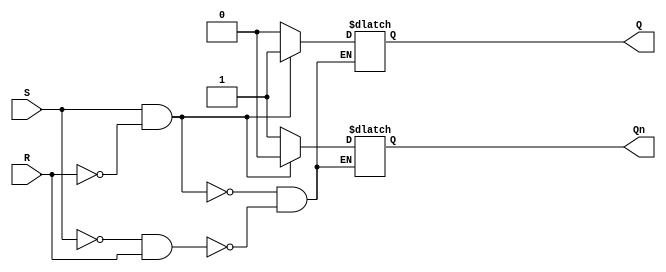
module SR_latch(
    input S, // Set input
    input R, // Reset input
    output reg Q, // Q output
    output reg Qn // Q' output
);

always @ (S or R)
begin
    if(S && !R)
    begin
        Q <= 1; // Set the Q output to high
        Qn <= 0; // Reset the Q' output to low
    end
    else if(!S && R)
    begin
        Q <= 0; // Reset the Q output to low
        Qn <= 1; // Set the Q' output to high
    end
end

endmodule